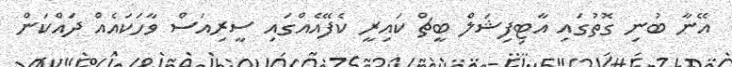
އޭނާ ބުނި ގޮތުގައި އާޓިފިޝަލް ބީޗް ކައިރީ ކެފޭއެއްގައި ސީރިއަސް ވާހަކައެއް ދައްކަން